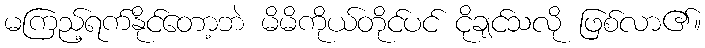
မကြည့်ရက်နိုင်တော့ဘဲ မိမိကိုယ်တိုင်ပင် ငိုချင်သလို ဖြစ်လာ၏။